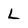
Character: L